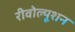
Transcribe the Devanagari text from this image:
रीवोल्यूशन